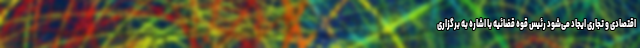
اقتصادی و تجاری ایجاد می‌شود رئیس قوه قضائیه با اشاره به برگزاری